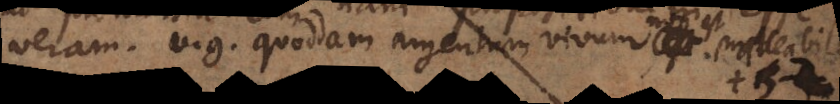
veram. V.g. quoddam argentum vivum non est mal